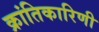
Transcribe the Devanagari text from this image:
क्रांतिकारिणी